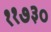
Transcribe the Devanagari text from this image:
११७३०